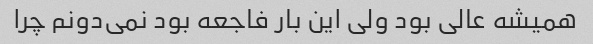
همیشه عالی بود ولی این بار فاجعه بود نمی‌دونم چرا